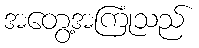
အတွေ့အကြုံသည်